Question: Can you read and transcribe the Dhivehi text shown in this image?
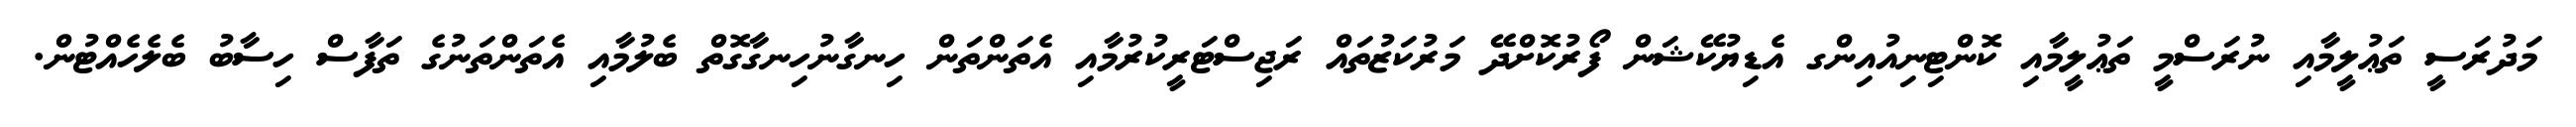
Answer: މަދުރަސީ ތަޢުލީމާއި ނުރަސްމީ ތަޢުލީމާއި ކޮންޓިނިއުއިންގ އެޑިޔުކޭޝަން ފޯރުކޮށްދޭ މަރުކަޒުތައް ރަޖިސްޓަރީކުރުމާއި އެތަންތަން ހިނގާނުހިނގާގޮތް ބެލުމާއި އެތަންތަނުގެ ތަފާސް ހިސާބު ބެލެހެއްޓުން.